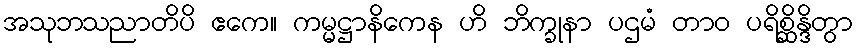
အသုဘသညာတိပိ ဧကေ။ ကမ္မဋ္ဌာနိကေန ဟိ ဘိက္ခုနာ ပဌမံ တာဝ ပရိစ္ဆိန္ဒိတွာ